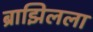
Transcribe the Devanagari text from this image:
ब्राझिलला